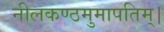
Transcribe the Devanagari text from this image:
नीलकण्ठमुमापतिम्।